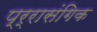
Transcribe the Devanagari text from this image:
प्र्रासंगिक